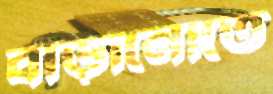
বাড়ানোতে